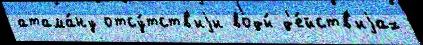
атама́ну отсу́тств'иjи воды́ д'е́йств'иjах